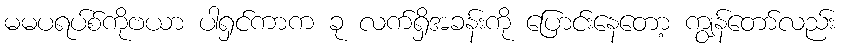
မမပရပ်စ်ကိုဗယာ ပါရှင်ကာက ခု လက်ရှိအခန်းကို ပြောင်းနေတော့ ကျွန်တော်လည်း